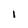
Character: I